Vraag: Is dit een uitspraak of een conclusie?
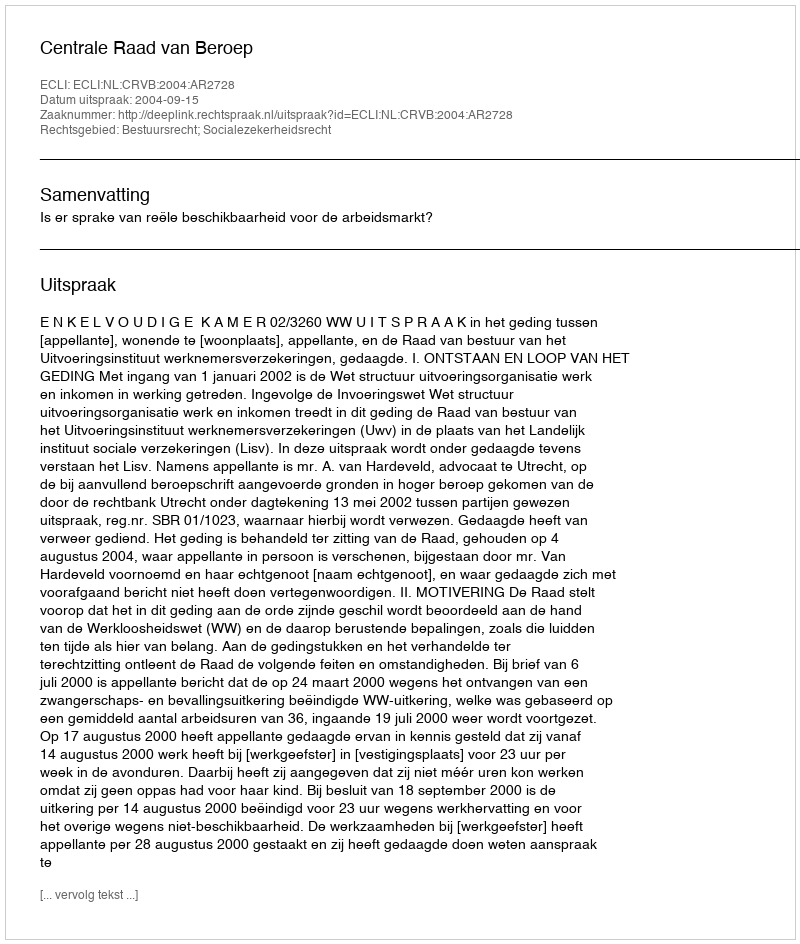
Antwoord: Uitspraak